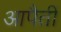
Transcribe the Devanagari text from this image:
आपैतीं